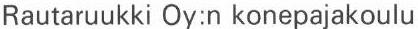
Rautaruukki Oy:n konepajakoulu